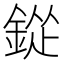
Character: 𮷲